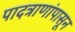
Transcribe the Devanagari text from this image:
पादत्राणांपासून